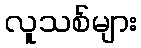
လူသစ်များ